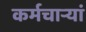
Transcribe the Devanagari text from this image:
कर्मचाऱ्यां